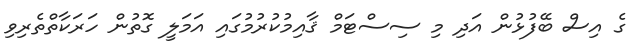
ގެ އިސް ބޭފުޅުން އަދި މި ސިސްޓަމް ޤާއިމުކުރުމުގައި އަމަލީ ގޮތުން ހަރަކާތްތެރިވި